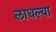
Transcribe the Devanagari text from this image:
लाधल्या